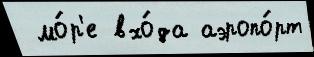
 мо́р'е вхо́да аэропо́рт